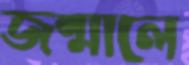
জন্মালে